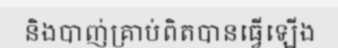
និងបាញ់គ្រាប់ពិតបានធ្វើឡើង